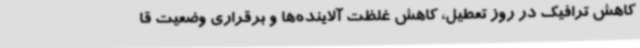
کاهش ترافیک در روز تعطیل، کاهش غلظت آلاینده‌ها و برقراری وضعیت قا